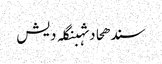
سندھحادثہبنگلہ دیش